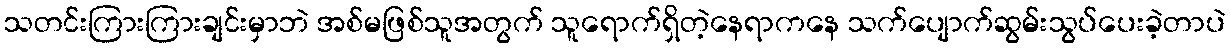
သတင်းကြားကြားချင်းမှာဘဲ အစ်မဖြစ်သူအတွက် သူရောက်ရှိတဲ့နေရာကနေ သက်ပျောက်ဆွမ်းသွပ်ပေးခဲ့တာပဲ